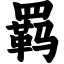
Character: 羁